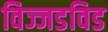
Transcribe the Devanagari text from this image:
विज्जडविड